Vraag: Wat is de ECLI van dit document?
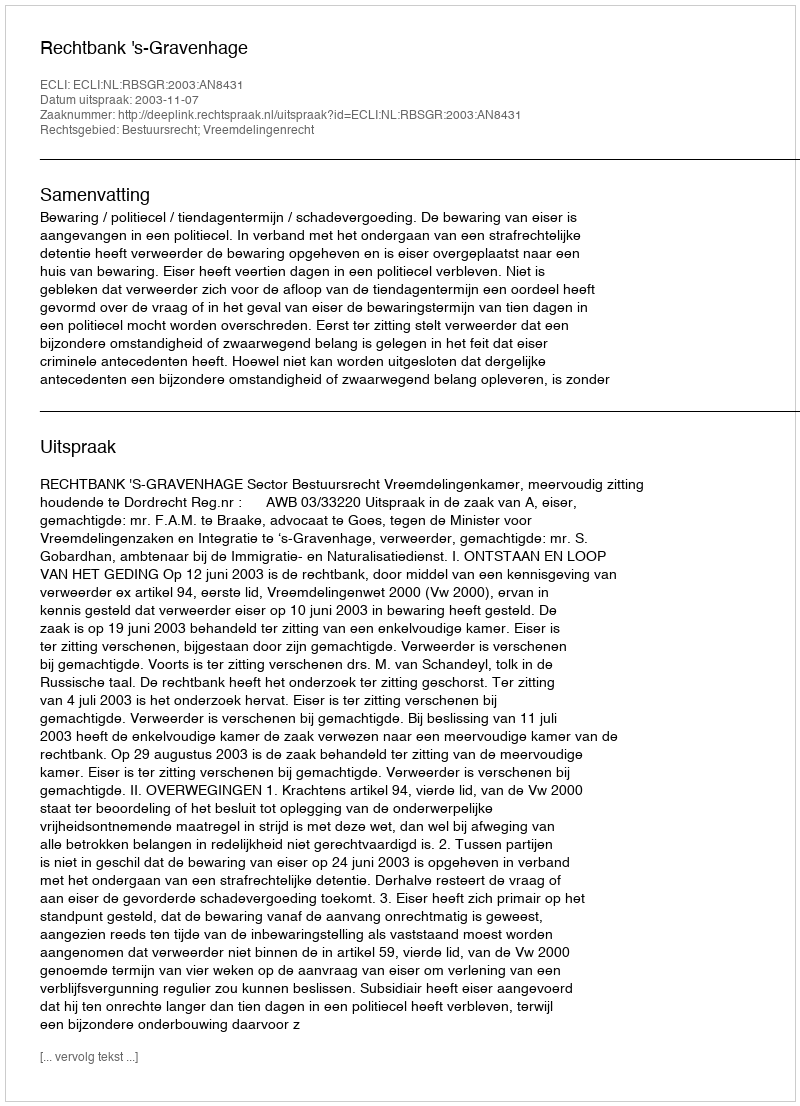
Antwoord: ECLI:NL:RBSGR:2003:AN8431